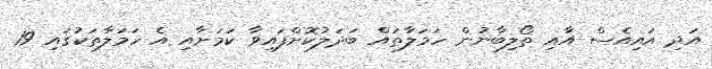
އަދި އައިއެސް އާއި ތޯލިބާނުން ހަމަލާތައް ބަދަލުކޮށްފައިވާ ކަމަށާއި އެ ހަމަލާތަކުގައި 19